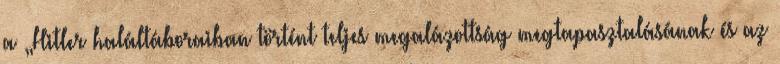
a „Hitler haláltáboraiban történt teljes megalázottság megtapasztalásának és az